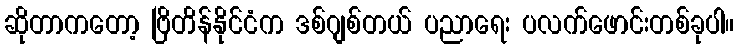
ဆိုတာကတော့ ဗြိတိန်နိုင်ငံက ဒစ်ဂျစ်တယ် ပညာရေး ပလက်ဖောင်းတစ်ခုပါ။